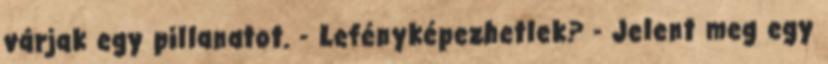
várjak egy pillanatot. - Lefényképezhetlek? - Jelent meg egy